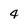
Character: 4